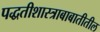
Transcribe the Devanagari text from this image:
पद्धतीशास्त्राबाबातीतील